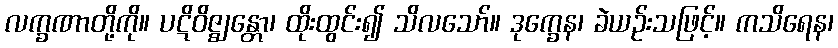
လက္ခဏာတို့ကို။ ပဋိဝိဇ္ဈန္တော၊ ထိုးထွင်း၍ သိလသော်။ ဒုက္ခေန၊ ခဲယဉ်းသဖြင့်။ ကသိရေန၊